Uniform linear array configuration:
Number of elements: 32
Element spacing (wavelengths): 0.5
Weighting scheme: kaiser
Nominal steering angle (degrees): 15
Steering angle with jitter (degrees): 14.821
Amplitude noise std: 0.05
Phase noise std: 0.05

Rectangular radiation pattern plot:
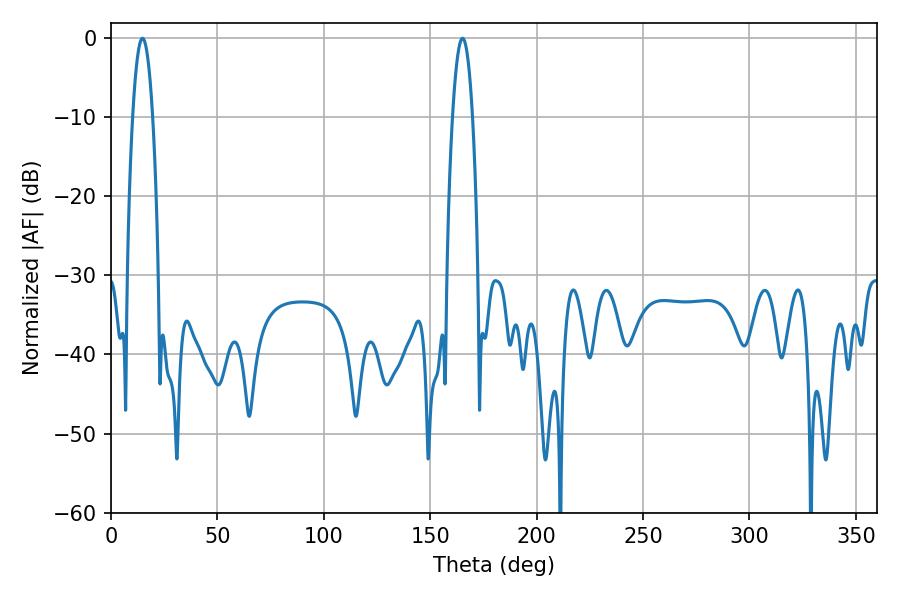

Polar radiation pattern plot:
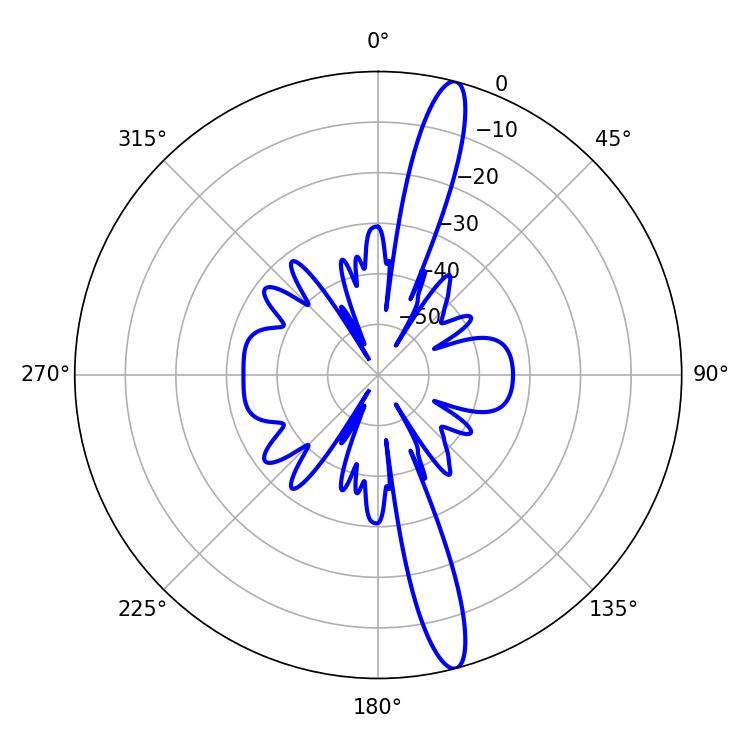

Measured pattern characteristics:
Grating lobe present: FALSE
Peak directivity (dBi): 16.047
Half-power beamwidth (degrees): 5.22
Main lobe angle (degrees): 14.76